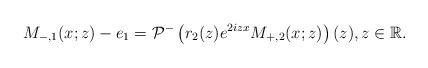
\begin{align*}M_{-,1}(x;z)-e_1=\mathcal{P}^-\left(r_2(z) e^{2iz x}M_{+,2}(x;z)\right)(z), z \in \mathbb{R}.\end{align*}